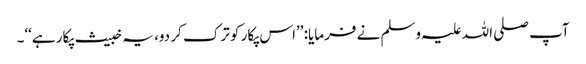
آپ صلی اللہ علیہ وسلم نے فرمایا: ’’اس پکار کو ترک کر دو، یہ خبیث پکار ہے‘‘۔